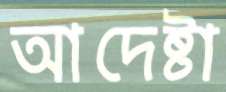
আদেষ্টা